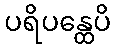
ပရိပန္ထေပိ